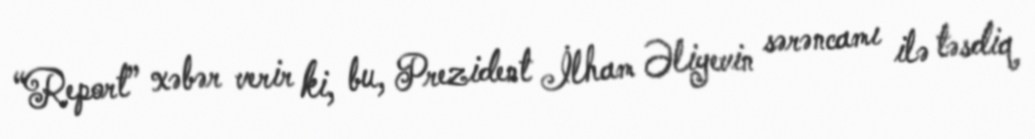
“Report” xəbər verir ki, bu, Prezident İlham Əliyevin sərəncamı ilə təsdiq